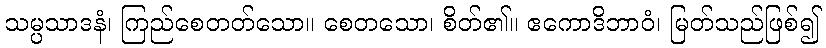
သမ္ပသာဒနံ၊ ကြည်စေတတ်သော။ စေတသော၊ စိတ်၏။ ဧကောဒိဘာဝံ၊ မြတ်သည်ဖြစ်၍